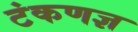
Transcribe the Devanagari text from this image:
टंकणज्ञ